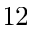
^ Ḋ 1 2 Ḍ